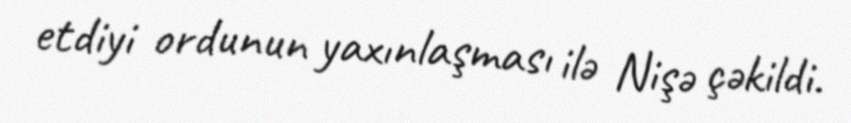
etdiyi ordunun yaxınlaşması ilə Nişə çəkildi.